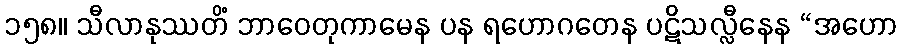
၁၅၈။ သီလာနုဿတိံ ဘာဝေတုကာမေန ပန ရဟောဂတေန ပဋိသလ္လီနေန “အဟော